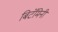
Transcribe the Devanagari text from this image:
बिटॅमिनी